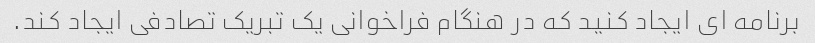
برنامه ای ایجاد کنید که در هنگام فراخوانی یک تبریک تصادفی ایجاد کند.